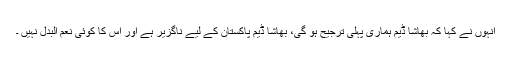
انہوں نے کہا کہ بھاشا ڈیم ہماری پہلی ترجیح ہو گی، بھاشا ڈیم پاکستان کے لیے ناگزیر ہے اور اس کا کوئی نعم البدل نہیں ۔